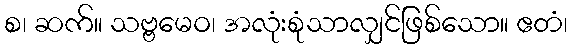
စ၊ ဆက်။ သဗ္ဗမေဝ၊ အလုံးစုံသာလျှင်ဖြစ်သော။ ဧတံ၊